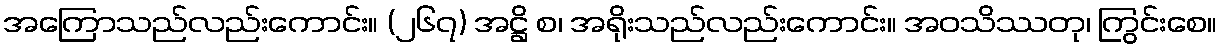
အကြောသည်လည်းကောင်း။ (၂၆၇) အဋ္ဌိ စ၊ အရိုးသည်လည်းကောင်း။ အဝသိဿတု၊ ကြွင်းစေ။